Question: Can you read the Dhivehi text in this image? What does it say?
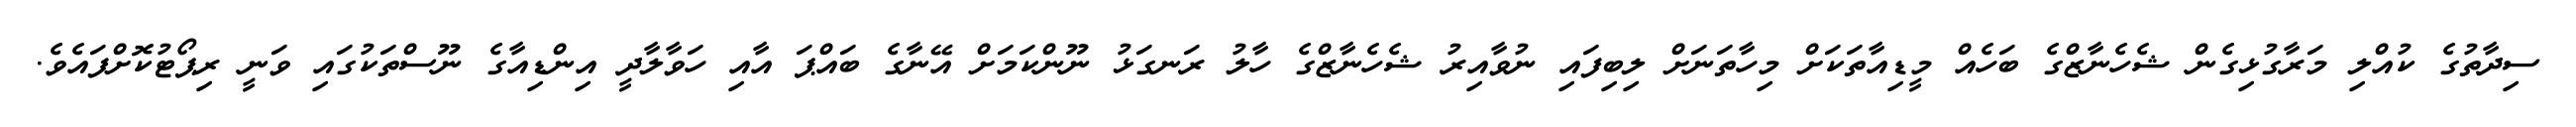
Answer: ސިދާތުގެ ކުއްލި މަރާގުޅިގެން ޝެހެނާޒްގެ ބަހެއް މީޑިއާތަކަށް މިހާތަނަށް ލިބިފައި ނުވާއިރު ޝެހެނާޒްގެ ހާލު ރަނގަޅު ނޫންކަމަށް އޭނާގެ ބައްޕަ އާއި ހަވާލާދީ އިންޑިއާގެ ނޫސްތަކުގައި ވަނީ ރިޕޯޓުކޮށްފައެވެ.